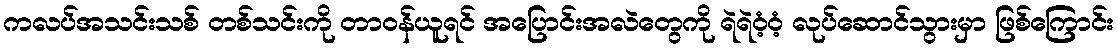
ကလပ်အသင်းသစ် တစ်သင်းကို တာဝန်ယူရင် အပြောင်းအလဲတွေကို ရဲရဲဝံ့ဝံ့ လုပ်ဆောင်သွားမှာ ဖြစ်ကြောင်း